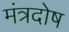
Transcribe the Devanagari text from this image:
मंत्रदोष